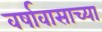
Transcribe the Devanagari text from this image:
वर्षावासाच्या